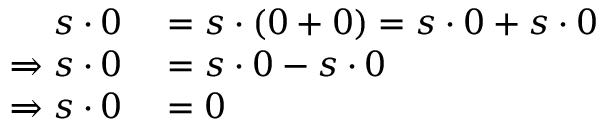
\begin{array} { r l } { s \cdot 0 } & { { } = s \cdot ( 0 + 0 ) = s \cdot 0 + s \cdot 0 } \\ { \Rightarrow s \cdot 0 } & { { } = s \cdot 0 - s \cdot 0 } \\ { \Rightarrow s \cdot 0 } & { { } = 0 } \end{array}